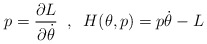
\begin{align*}p=\frac{\partial L}{\partial \dot{\theta}}\;\; ,\;\; H(\theta ,p)=p\dot{\theta}-L\end{align*}